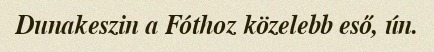
Dunakeszin a Fóthoz közelebb eső, ún.